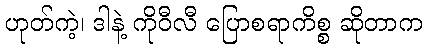
ဟုတ်ကဲ့၊ ဒါနဲ့ ကိုဝီလီ ပြောစရာကိစ္စ ဆိုတာက